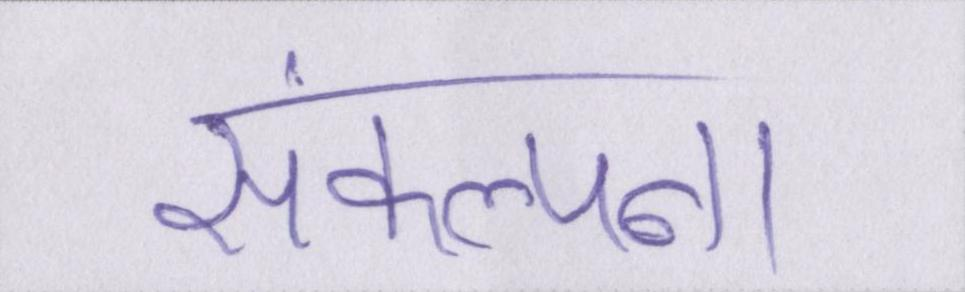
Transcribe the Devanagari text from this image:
संकल्पना